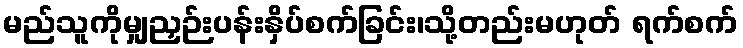
မည်သူကိုမျှညှဉ်းပန်းနှိပ်စက်ခြင်း၊သို့တည်းမဟုတ် ရက်စက်